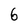
Character: 6